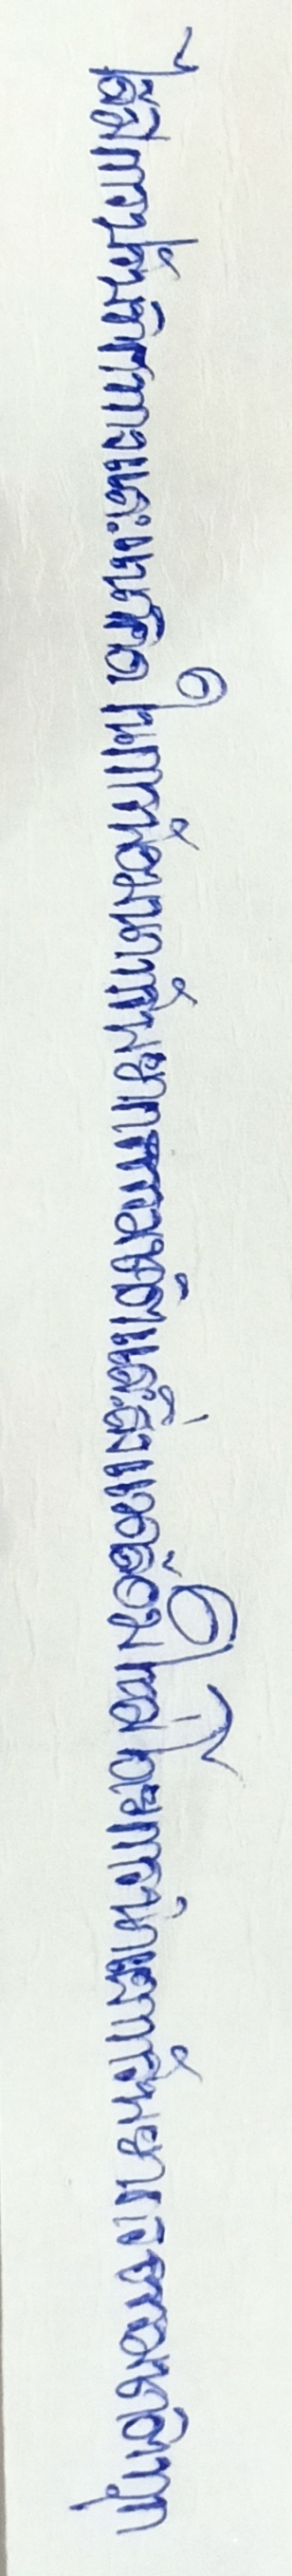
ได้มีการปรับทิศทางและแนวคิดในการพัฒนาทรัพยากรธรรมชาติและสิ่งแวดล้อมใหม่โดยการนำเอาทรัพยากรธรรมชาติทุก